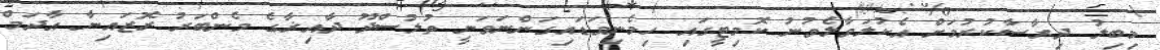
މިބިލު ދިރާސާކުރުމަށް އެކުލަވާލެވުނު ކޮމިޓީގައި ހިމެނިވަޑައިގަންނަވަނީ ތުލުސްދޫ ދާއިޜާގެ މެންބަރު ރޮޒައިނާ އާދަމް